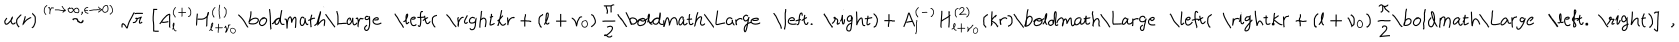
u ( r ) \stackrel { ( r \rightarrow \infty , \epsilon \rightarrow 0 ) } { \sim } \sqrt { r } \, \left[ A _ { l } ^ { ( + ) } H _ { l + \nu _ { 0 } } ^ { ( 1 ) } \mathrm { \boldmath \Large ~ \left( ~ \right. ~ } \! \! \! k r + \left( l + \nu _ { 0 } \right) \frac { \pi } { 2 } \mathrm { \boldmath \Large ~ \left. ~ \right) ~ } \! \! + A _ { l } ^ { ( - ) } H _ { l + \nu _ { 0 } } ^ { ( 2 ) } ( k r ) \mathrm { \boldmath \Large ~ \left( ~ \right. ~ } \! \! \! k r + \left( l + \nu _ { 0 } \right) \frac { \pi } { 2 } \mathrm { \boldmath \Large ~ \left. ~ \right) ~ } \! \! \right] \; ,